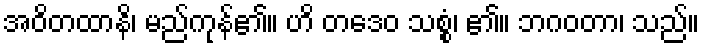
အဝိတထာနိ၊ မည်ကုန်၏။ ဟိ တဒေဝ သစ္စံ၊ ၏။ ဘဂဝတာ၊ သည်။